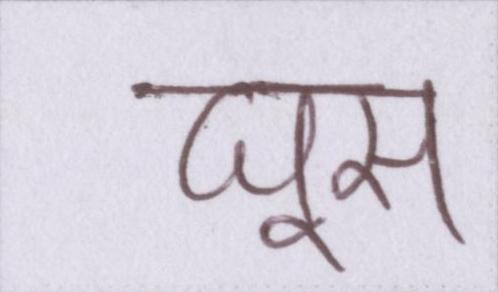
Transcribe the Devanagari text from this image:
घूस